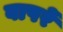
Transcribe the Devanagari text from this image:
वापरें